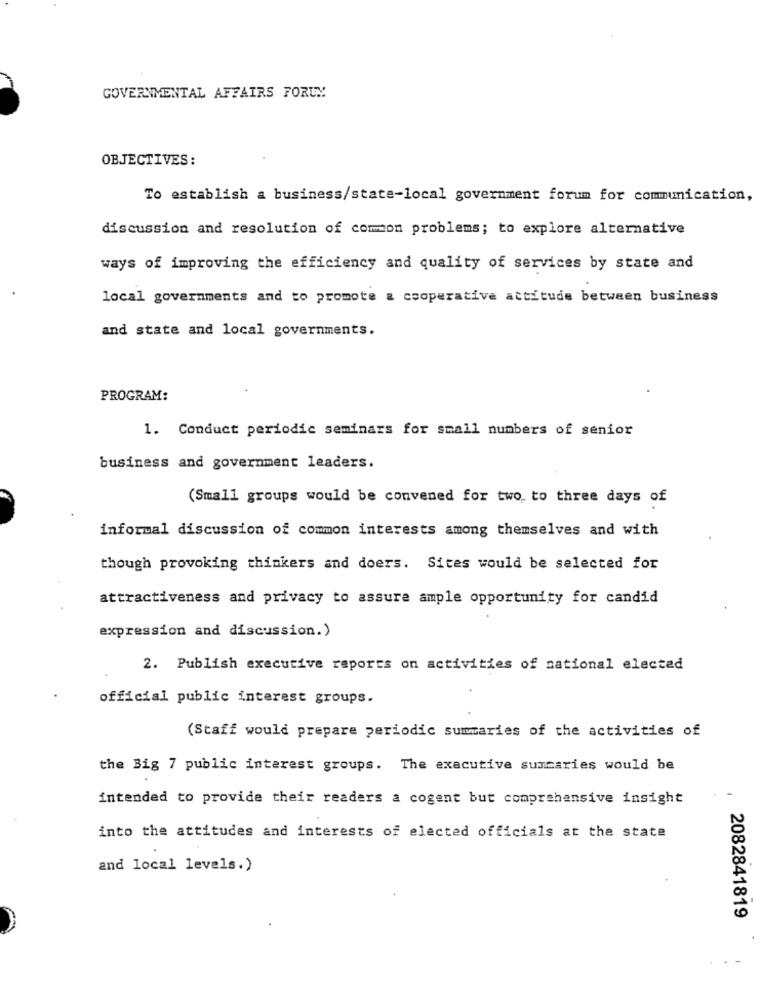
GOVERNMENTAL AFFAIRS FORUM
OBJECTIVES:
To establish a business/state-local government forum for communication,
discussion and resolution of common problems; to explore alternative
ways of improving the efficiency and quality of services by state and
local governments and to promote & cooperative attitude between business
and state and local governments.
PROGRAM:
1. Conduct periodic seminars for small numbers of senior
business and government leaders.
(Small groups would be convened for two to three days of
informal discussion of common interests among themselves and with
though provoking thinkers and doers. Sites would be selected for
attractiveness and privacy to assure ample opportunity for candid
expression and discussion.)
2. Publish executive reports on activities of national elected
official public interest groups.
(Staff would prepare periodic summaries of the activities of
the Big 7 public interest groups. The executive summaries would be
intended to provide their readers a cogent but comprehensive insight
into the attitudes and interests of elected officials at the state
and local levels.)
2082841819